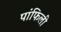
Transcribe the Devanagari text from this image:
पांफिली